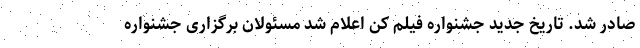
صادر شد. تاریخ جدید جشنواره فیلم کن اعلام شد مسئولان برگزاری جشنواره